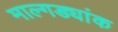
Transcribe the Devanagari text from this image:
माल्गड्यांक